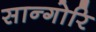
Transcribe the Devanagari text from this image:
सान्गोरि